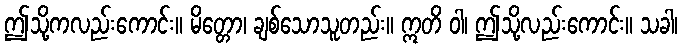
ဤသို့ကလည်းကောင်း။ မိတ္တော၊ ချစ်သောသူတည်း။ ဣတိ ဝါ၊ ဤသို့လည်းကောင်း။ သခါ၊